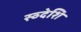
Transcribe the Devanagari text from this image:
स्व्देशि